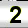
Digit: 2